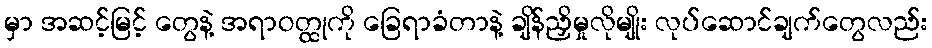
မှာ အဆင့်မြင့် တွေနဲ့ အရာဝတ္ထုကို ခြေရာခံတာနဲ့ ချိန်ညှိမှုလိုမျိုး လုပ်ဆောင်ချက်တွေလည်း